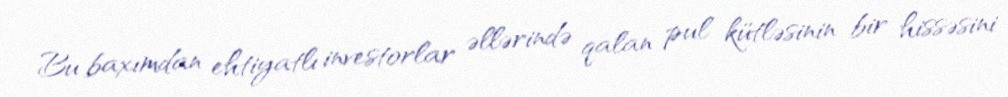
Bu baxımdan ehtiyatlı investorlar əllərində qalan pul kütləsinin bir hissəsini